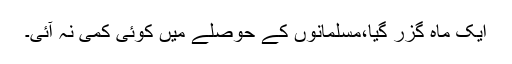
ایک ماہ گزر گیا،مسلمانوں کے حوصلے میں کوئی کمی نہ آئی۔